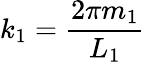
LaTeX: k_{1}={\frac{2\pi m_{1}}{L_{1}}}